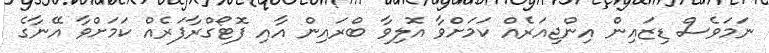
ނަމަވެސް ޑިޒައިން އިންޖިއަރެއް ކަމަށްވާ އޮލިވާ ބްރައިން އާއި ފޮޓޯގްރާފަރެއް ކަމަށްވާ އޭނާގެ